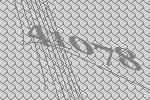
41078